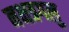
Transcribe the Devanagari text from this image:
नक्षत्रगलु